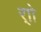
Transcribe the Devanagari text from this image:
र्‍ाो